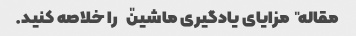
مقاله "مزایای یادگیری ماشین" را خلاصه کنید.